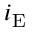
i _ { \mathrm { E } }